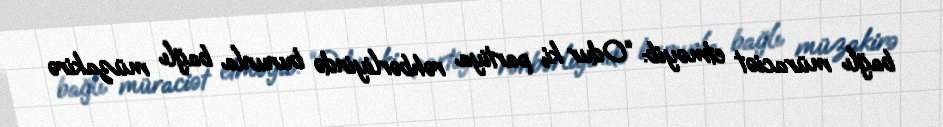
bağlı müraciət etməyib: “Odur ki, partiya rəhbərliyində bununla bağlı müzakirə